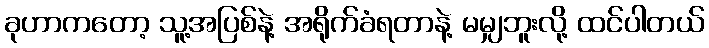
ခုဟာကတော့ သူ့အပြစ်နဲ့ အရိုက်ခံရတာနဲ့ မမျှဘူးလို့ ထင်ပါတယ်